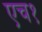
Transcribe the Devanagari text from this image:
एच१